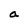
Character: a